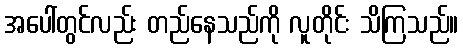
အပေါ်တွင်လည်း တည်နေသည်ကို လူတိုင်း သိကြသည်။